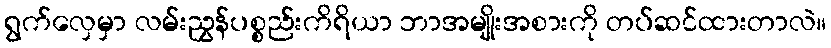
ရွက်လှေမှာ လမ်းညွှန်ပစ္စည်းကိရိယာ ဘာအမျိုးအစားကို တပ်ဆင်ထားတာလဲ။